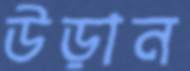
উড়ান